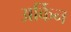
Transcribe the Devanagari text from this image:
अर्किन